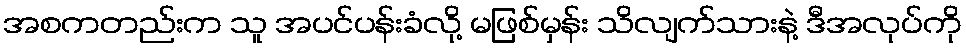
အစကတည်းက သူ အပင်ပန်းခံလို့ မဖြစ်မှန်း သိလျက်သားနဲ့ ဒီအလုပ်ကို